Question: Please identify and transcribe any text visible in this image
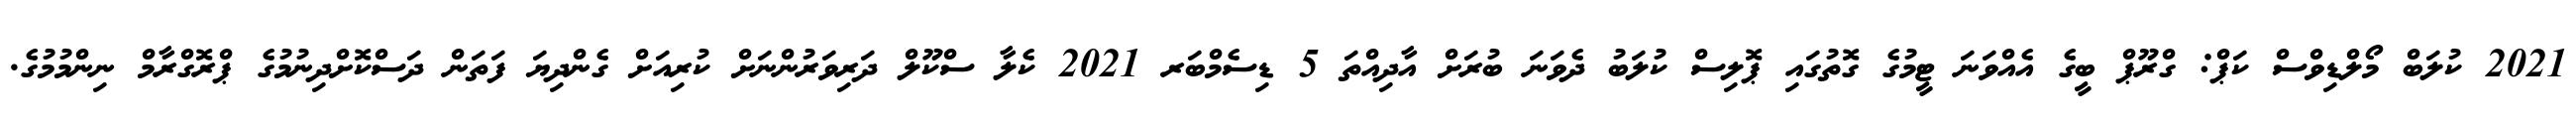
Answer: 2021 ކުލަބް މޯލްޑިވްސް ކަޕް: ގްރޫޕް ބީގެ އެއްވަނަ ޓީމުގެ ގޮތުގައި ޕޮލިސް ކުލަބު ދެވަނަ ބުރަށް އާދިއްތަ 5 ޑިސެމްބަރ 2021 ކެލާ ސްކޫލް ދަރިވަރުންނަށް ކުރިއަށް ގެންދިޔަ ފަތަން ދަސްކޮށްދިނުމުގެ ޕްރޮގްރާމް ނިންމުމުގެ.